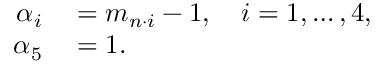
\begin{array} { r l } { \alpha _ { i } } & { { } = m _ { n \cdot i } - 1 , \quad i = 1 , \ldots , 4 , } \\ { \alpha _ { 5 } } & { { } = 1 . } \end{array}